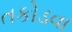
તકોડવા